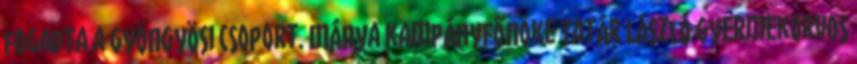
fogadta a gyöngyösi csoport. Mánya kampányfőnöke Tatár László gyermekorvos